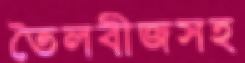
তৈলবীজসহ